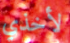
لأخذي